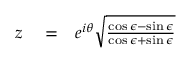
\begin{array} { r l r } { z } & { { } = } & { e ^ { i \theta } \sqrt { \frac { \cos \epsilon - \sin \epsilon } { \cos \epsilon + \sin \epsilon } } } \end{array}